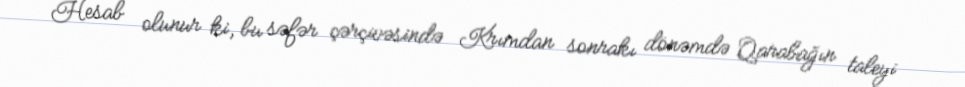
Hesab olunur ki, bu səfər çərçivəsində Krımdan sonrakı dönəmdə Qarabağın taleyi